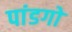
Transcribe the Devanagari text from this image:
पांडगो